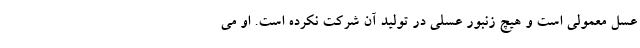
عسل معمولی است و هیچ زنبور عسلی در تولید آن شرکت نکرده است. او می